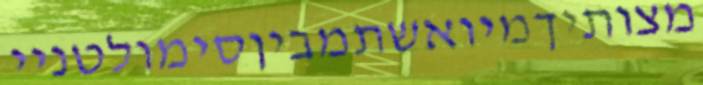
מצותיךמיואשתמביןסימולטניי